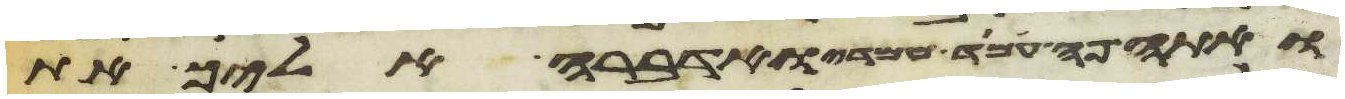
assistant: ואתה פה עמד עמדי ואדברה אליך את